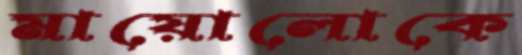
মায়োলোকে